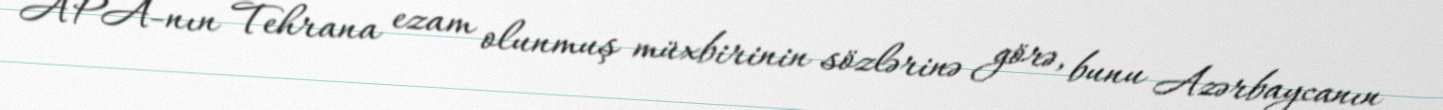
APA-nın Tehrana ezam olunmuş müxbirinin sözlərinə görə, bunu Azərbaycanın